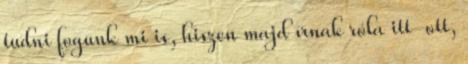
tudni fogunk mi is, hiszen majd írnak róla itt-ott,